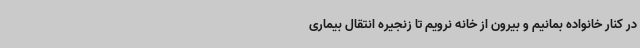
در کنار خانواده بمانیم و بیرون از خانه نرویم تا زنجیره انتقال بیماری